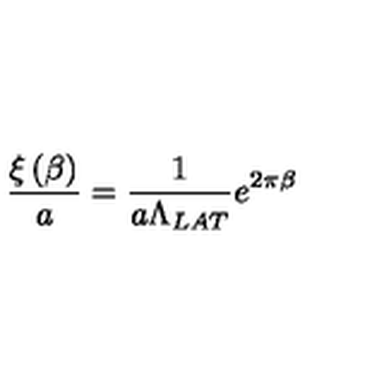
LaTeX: \frac { \xi \left( \beta \right) } { a } = \frac 1 { a \Lambda _ { L A T } } e ^ { 2 \pi \beta }